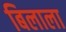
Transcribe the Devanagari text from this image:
बिलाला